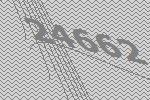
24662